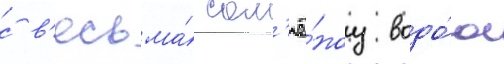
с в'есьма́ сол'ё́ноу водо́ю